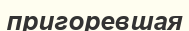
пригоревшая